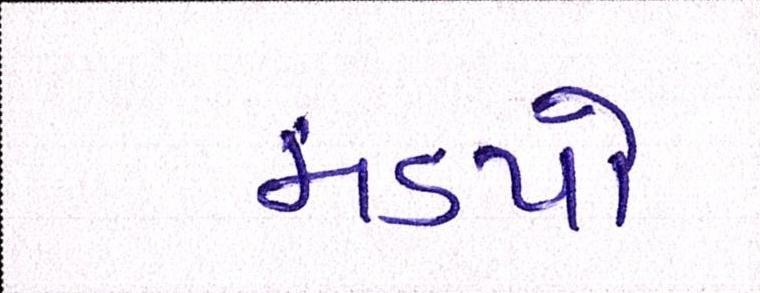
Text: મંડપો